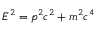
E ^ { 2 } = p ^ { 2 } c ^ { 2 } + m ^ { 2 } c ^ { 4 }